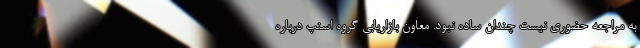
به مراجعه حضوری نیست چندان ساده نبود. معاون بازاریابی گروه اسنپ درباره